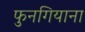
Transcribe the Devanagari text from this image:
फुनगियाना